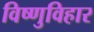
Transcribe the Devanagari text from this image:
विष्णुविहार